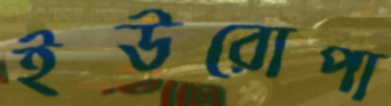
ইউরোপা